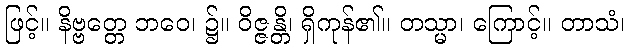
ဖြင့်။ နိဗ္ဗတ္တေ ဘဝေ၊ ၌။ ဝိဇ္ဇန္တိ၊ ရှိကုန်၏။ တသ္မာ၊ ကြောင့်။ တာသံ၊